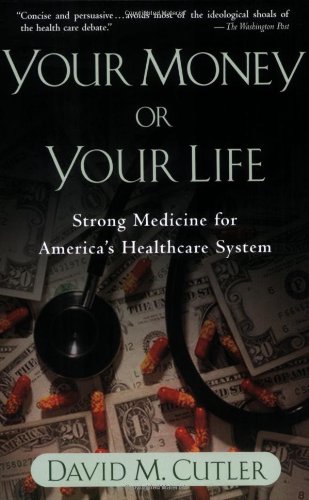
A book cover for Your Money or Your Life: Strong Medicine for America's Health Care System; David M. Cutler; Law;